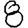
Digit: 8